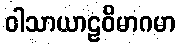
ဝါသာယာဠဝိမာဂမာ